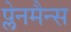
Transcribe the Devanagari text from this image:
प्लेनमैन्स